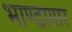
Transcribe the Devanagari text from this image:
भाण्डागार